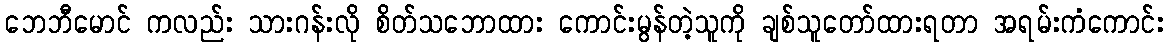
ဘေဘီမောင် ကလည်း သားဂန်းလို စိတ်သဘောထား ကောင်းမွန်တဲ့သူကို ချစ်သူတော်ထားရတာ အရမ်းကံကောင်း